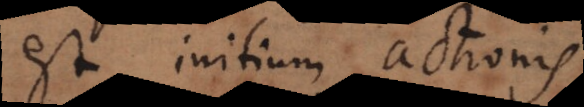
est initium actionis.